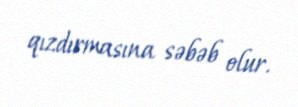
qızdırmasına səbəb olur.